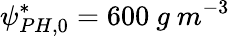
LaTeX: \psi_{PH,0}^{*}=600\ g\ m^{-3}